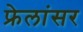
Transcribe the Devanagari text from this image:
फ्रेलांसर